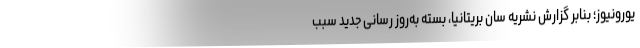
یورونیوز؛ بنابر گزارش نشریه سان بریتانیا، بسته به‌روز رسانی جدید سبب